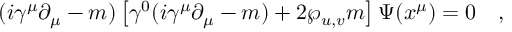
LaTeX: ( i \gamma ^ { \mu } \partial _ { \mu } - m ) \left[ \gamma ^ { 0 } ( i \gamma ^ { \mu } \partial _ { \mu } - m ) + 2 \wp _ { u , v } m \right] \Psi ( x ^ { \mu } ) = 0 \quad ,